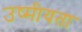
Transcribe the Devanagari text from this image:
उष्मीयता